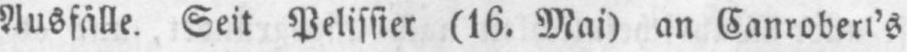
Ausfälle. Seit Pelissier (16. Mai) an Canrobert’s